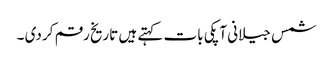
شمس جیلانی آپکی بات کہتے ہیں تاریخ رقم کر دی ۔